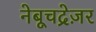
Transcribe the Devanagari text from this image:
नेबूचद्रेज़र